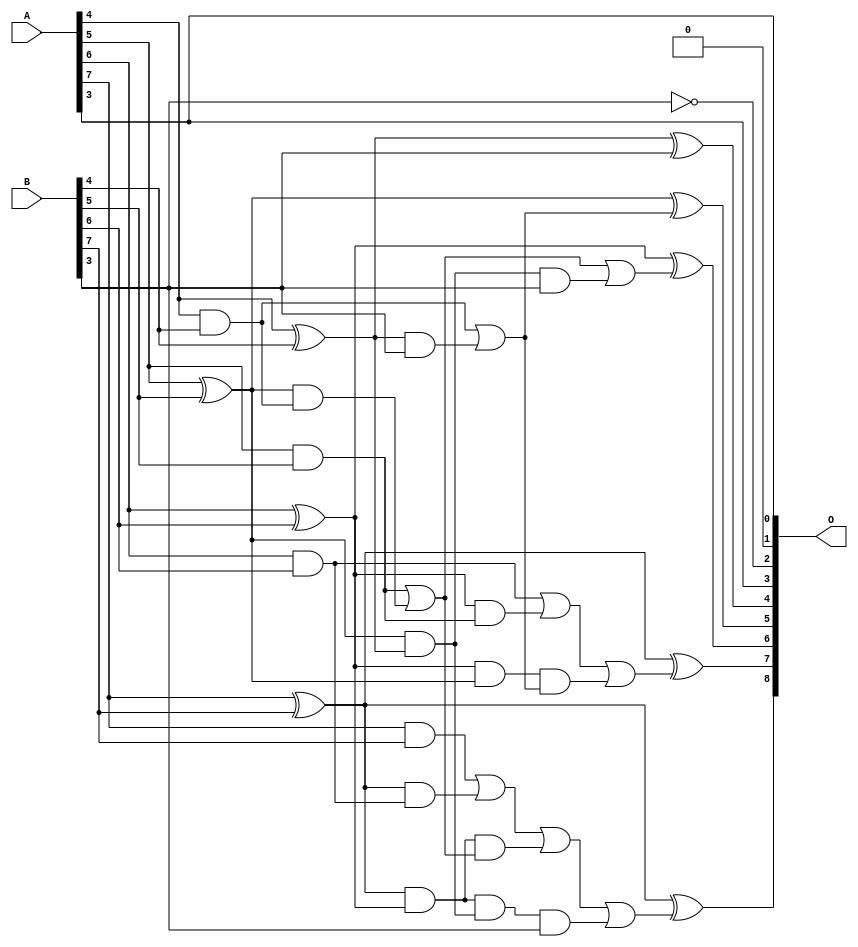
/***
* This code is a part of EvoApproxLib library (ehw.fit.vutbr.cz/approxlib) distributed under The MIT License.
* When used, please cite the following article(s): V. Mrazek, L. Sekanina, Z. Vasicek "Libraries of Approximate Circuits: Automated Design and Application in CNN Accelerators" IEEE Journal on Emerging and Selected Topics in Circuits and Systems, Vol 10, No 4, 2020 
* This file contains a circuit from a sub-set of pareto optimal circuits with respect to the pwr and mse parameters
***/
// MAE% = 1.21 %
// MAE = 3.1 
// WCE% = 3.91 %
// WCE = 10 
// WCRE% = 800.00 %
// EP% = 90.62 %
// MRE% = 12.28 %
// MSE = 15 
// PDK45_PWR = 0.019 mW
// PDK45_AREA = 41.3 um2
// PDK45_DELAY = 0.35 ns

module add8se_8UT (
    A,
    B,
    O
);

input [7:0] A;
input [7:0] B;
output [8:0] O;

wire sig_24,sig_25,sig_26,sig_27,sig_28,sig_29,sig_30,sig_31,sig_32,sig_41,sig_43,sig_44,sig_45,sig_46,sig_47,sig_48,sig_49,sig_50,sig_51,sig_52;
wire sig_53,sig_60,sig_62,sig_63,sig_65,sig_66,sig_67,sig_68,sig_75,sig_76,sig_80,sig_81,sig_82,sig_83,sig_84;

assign sig_24 = A[4] & B[4];
assign sig_25 = A[4] ^ B[4];
assign sig_26 = A[5] & B[5];
assign sig_27 = A[5] ^ B[5];
assign sig_28 = A[6] & B[6];
assign sig_29 = A[6] ^ B[6];
assign sig_30 = A[7] & B[7];
assign sig_31 = A[7] ^ B[7];
assign sig_32 = A[7] ^ B[7];
assign sig_41 = sig_25 & B[3];
assign sig_43 = sig_24 | sig_41;
assign sig_44 = sig_27 & sig_24;
assign sig_45 = sig_27 & sig_25;
assign sig_46 = sig_26 | sig_44;
assign sig_47 = sig_29 & sig_26;
assign sig_48 = sig_29 & sig_27;
assign sig_49 = sig_28 | sig_47;
assign sig_50 = sig_31 & sig_28;
assign sig_51 = sig_31 & sig_29;
assign sig_52 = sig_30 | sig_50;
assign sig_53 = ~B[3];
assign sig_60 = sig_45 & B[3];
assign sig_62 = sig_46 | sig_60;
assign sig_63 = sig_48 & sig_43;
assign sig_65 = sig_49 | sig_63;
assign sig_66 = sig_51 & sig_46;
assign sig_67 = sig_51 & sig_45;
assign sig_68 = sig_52 | sig_66;
assign sig_75 = sig_67 & B[3];
assign sig_76 = sig_68 | sig_75;
assign sig_80 = sig_25 ^ B[3];
assign sig_81 = sig_27 ^ sig_43;
assign sig_82 = sig_29 ^ sig_62;
assign sig_83 = sig_31 ^ sig_65;
assign sig_84 = sig_32 ^ sig_76;

assign O[8] = sig_84;
assign O[7] = sig_83;
assign O[6] = sig_82;
assign O[5] = sig_81;
assign O[4] = sig_80;
assign O[3] = A[3];
assign O[2] = sig_53;
assign O[1] = 1'b0;
assign O[0] = A[3];

endmodule